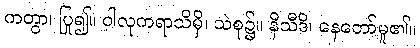
ကတွာ၊ ပြု၍။ ဝါလုကရာသိမှိ၊ သဲစု၌။ နိသီဒိ၊ နေတော်မူ၏။